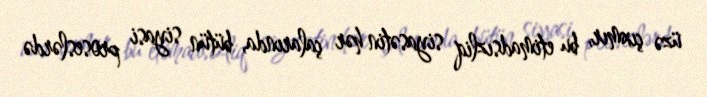
üzə çıxmır, bu etimadsızliq siyasətin hər çalarında, bütün siyasi proseslərdə